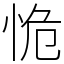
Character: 恑